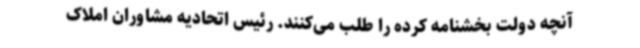
آنچه دولت بخشنامه کرده را طلب می‌کنند. رئیس اتحادیه مشاوران املاک